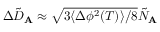
\Delta \tilde { D } _ { \mathbf { A } } \approx \sqrt { 3 \langle \Delta \phi ^ { 2 } ( T ) \rangle / 8 } \tilde { N } _ { \mathbf { A } }